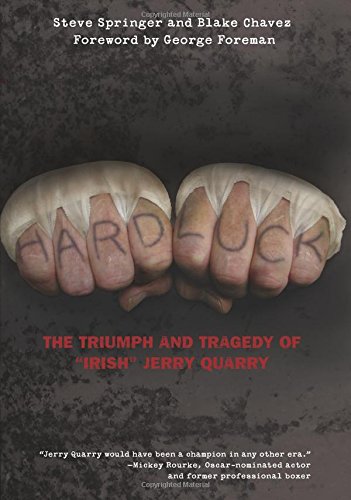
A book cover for Hard Luck: The Triumph And Tragedy Of "Irish" Jerry Quarry; Steve Springer; Biographies & Memoirs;